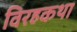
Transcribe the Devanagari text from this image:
विरहकथा